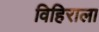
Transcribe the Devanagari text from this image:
विहिराला